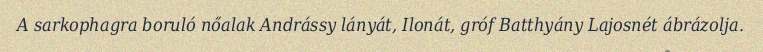
A sarkophagra boruló nőalak Andrássy lányát, Ilonát, gróf Batthyány Lajosnét ábrázolja.